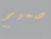
صميم